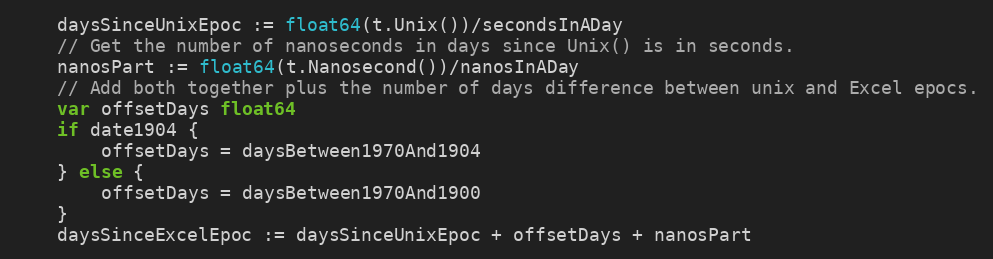
Language: Go
	daysSinceUnixEpoc := float64(t.Unix())/secondsInADay
	// Get the number of nanoseconds in days since Unix() is in seconds.
	nanosPart := float64(t.Nanosecond())/nanosInADay
	// Add both together plus the number of days difference between unix and Excel epocs.
	var offsetDays float64
	if date1904 {
		offsetDays = daysBetween1970And1904
	} else {
		offsetDays = daysBetween1970And1900
	}
	daysSinceExcelEpoc := daysSinceUnixEpoc + offsetDays + nanosPart